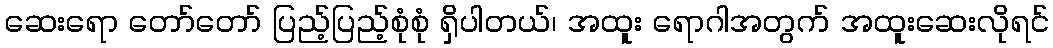
ဆေးရော တော်တော် ပြည့်ပြည့်စုံစုံ ရှိပါတယ်၊ အထူး ရောဂါအတွက် အထူးဆေးလိုရင်